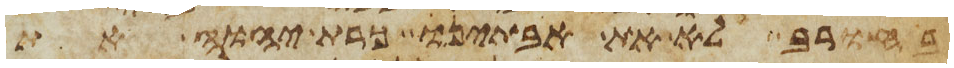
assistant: בחורב לא את אבתינו כרת יהוה את